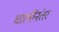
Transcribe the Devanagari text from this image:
चालींनंतर